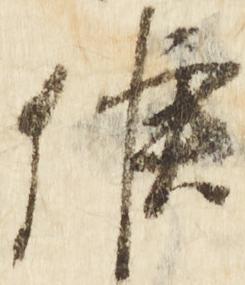
候